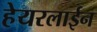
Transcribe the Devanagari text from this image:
हेयरलाईन